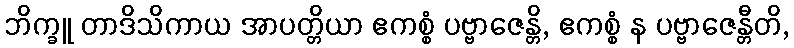
ဘိက္ခူ တာဒိသိကာယ အာပတ္တိယာ ဧကစ္စံ ပဗ္ဗာဇေန္တိ, ဧကစ္စံ န ပဗ္ဗာဇေန္တီတိ,